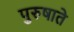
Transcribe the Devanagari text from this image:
पुरुषाते